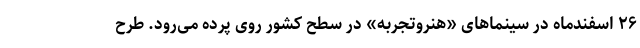
۲۶ اسفندماه در سینماهای «هنروتجربه» در سطح کشور روی پرده می‌رود. طرح